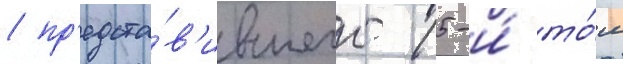
/ пр'едста́в'ившего 15-и́ то́м